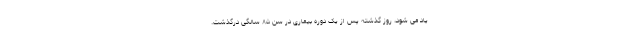
یاد می شود، روز گذشته پس از یک دوره بیماری در سن ۸۵ سالگی درگذشت.